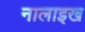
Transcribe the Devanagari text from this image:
नालाइख